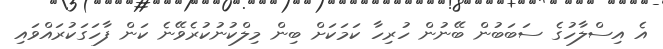
އެ އިސްލާހުގެ ސަބަބުން ބޭނުން ހުރިހާ ކަމަކަށް ބިން މިލްކުނުކުރެވޭނެ ކަން ފާހަގަކުރައްވައި